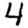
Digit: 4